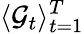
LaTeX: \langle\mathcal{G}_{t}\rangle_{t=1}^{T}